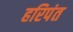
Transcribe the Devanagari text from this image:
हरिपंत